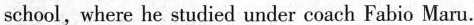
school,where he studied under coach Fabio Maru.